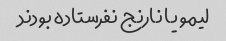
لیمو یا نارنج نفرستاده بودند